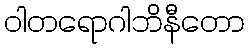
ဝါတရောဂါဘိနီတော